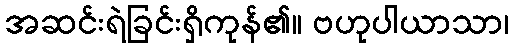
အဆင်းရဲခြင်းရှိကုန်၏။ ဗဟုပါယာသာ၊